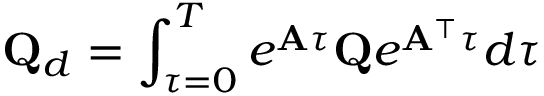
\mathbf { Q } _ { d } = \int _ { \tau = 0 } ^ { T } e ^ { \mathbf { A } \tau } \mathbf { Q } e ^ { \mathbf { A } ^ { \top } \tau } d \tau